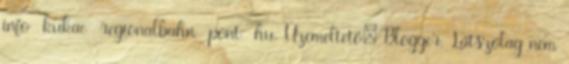
info kukac regionalbahn pont hu. Üzemeltető: Blogger. Látszólag nem